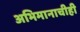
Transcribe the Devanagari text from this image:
अभिमानाचीही